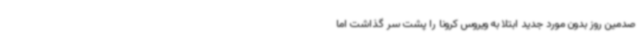
صدمین روز بدون مورد جدید ابتلا به ویروس کرونا را پشت سر گذاشت اما